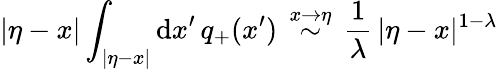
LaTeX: |\eta-x|\int_{|\eta-x|}\mathrm{d}x^{\prime}\, q_{+}(x^{\prime})\, \stackrel{x\to\eta}\sim\, \frac{{1}}{{\lambda}}\, |\eta-x|^{1-\lambda}